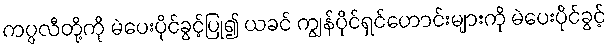
ကပ္ပလီတို့ကို မဲပေးပိုင်ခွင့်ပြု၍ ယခင် ကျွန်ပိုင်ရှင်ဟောင်းများကို မဲပေးပိုင်ခွင့်